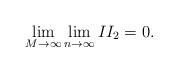
LaTeX: \begin{align*}\lim_{M\rightarrow\infty}\lim_{n\rightarrow\infty} II_2 = 0 .\end{align*}